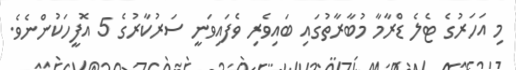
މި އަހަރުގެ ޓެލެ ޑްރާމާ މުބާރާތުގައި ބައިވެރި ވެފައިވަނީ ސަރުކާރުގެ 5 އޮފީހަކުންނެވެ.